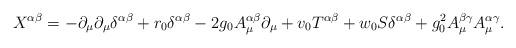
LaTeX: \begin{align*}X^{\alpha \beta} = - \partial_\mu \partial_\mu \delta^{\alpha \beta} + r_0 \delta^{\alpha \beta}- 2 g_0 A_\mu^{\alpha \beta} \partial_\mu + v_0 T^{\alpha \beta} + w_0 S \delta^{\alpha \beta} + g_0^2 A_\mu^{\beta \gamma} A_\mu^{\alpha \gamma}.\end{align*}